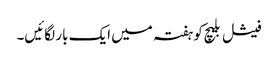
فیشل بلیچ کو ہفتہ میں ایک بار لگائیں۔